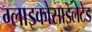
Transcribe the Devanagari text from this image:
ग्लाइकोसाइलेटेड